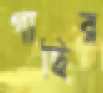
গাছির